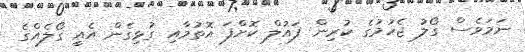
ނަމަވެސް ގޯލު ޖެހުމުގެ ކުރިން ފައުލް ކޮށްފަ އޮތުމާއި ގުޅިގެން އެއީ ގޯލެއްގެ